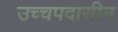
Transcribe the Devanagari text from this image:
उच्चपदासीन